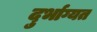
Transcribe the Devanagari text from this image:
दुर्भाग्यत